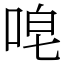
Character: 唣